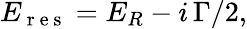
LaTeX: E_{\mathrm{~r~e~s~}}=E_{R}-i\, \Gamma/2,